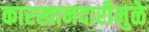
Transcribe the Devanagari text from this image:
कारखानदारीमुळे